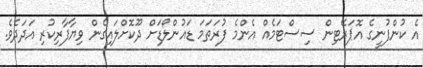
އެ ކުންފުނީގެ އޮޕަރޭޓިން ސިސްޓަމެއް އެންމެ ފުރަތަމަ ޑައުންލޯޑަށް ދޫކޮށްލައިގެން ވިޔާފާރިކުރި އަދަދެވެ.